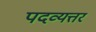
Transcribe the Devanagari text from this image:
पदव्यत्तर